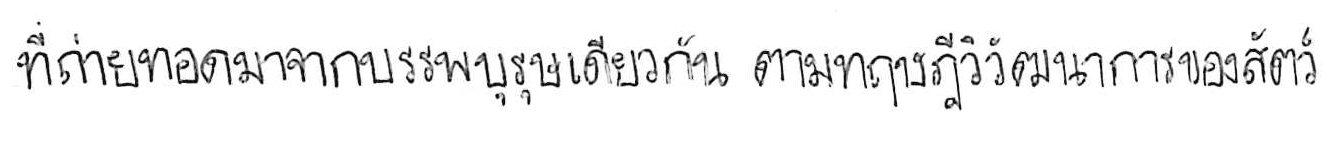
ที่ถ่ายทอดมาจากบรรพบุรุษเดียวกัน ตามทฤษฎีวิวัฒนาการของสัตว์